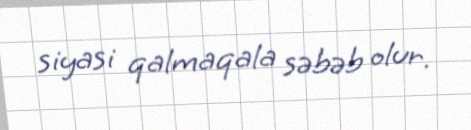
siyasi qalmaqala səbəb olur.